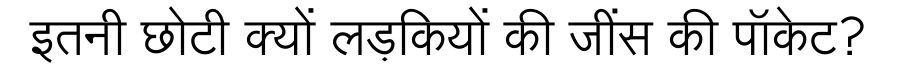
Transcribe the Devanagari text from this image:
इतनी छोटी क्यों लड़कियों की जींस की पॉकेट?